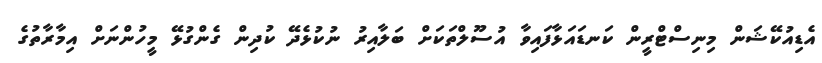
އެޑިއުކޭޝަން މިނިސްޓްރީން ކަނޑައަޅާފައިވާ އުސޫލްތަކަށް ބަލާއިރު ނުކުޅެދޭ ކުދިން ގެންގުޅޭ މީހުންނަށް އިމާރާތުގެ